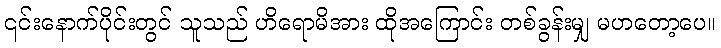
၎င်းနောက်ပိုင်းတွင် သူသည် ဟိရောမိအား ထိုအကြောင်း တစ်ခွန်းမျှ မဟတော့ပေ။